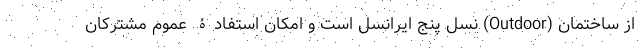
از ساختمان (Outdoor) نسل پنج ایرانسل است و امکان استفادۀ عموم مشترکان